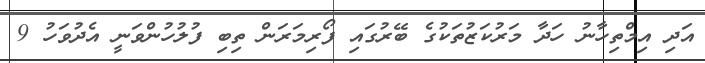
އަދި އިމްތިހާނު ހަދާ މަރުކަޒުތަކުގެ ބޭރުގައި ފޯރިމަރަން ތިބި ފުލުހުންވަނީ އެދުވަހު 9